Notes on the propagation and cultivation of the medicinal cinchonas, or Peruvian bark trees
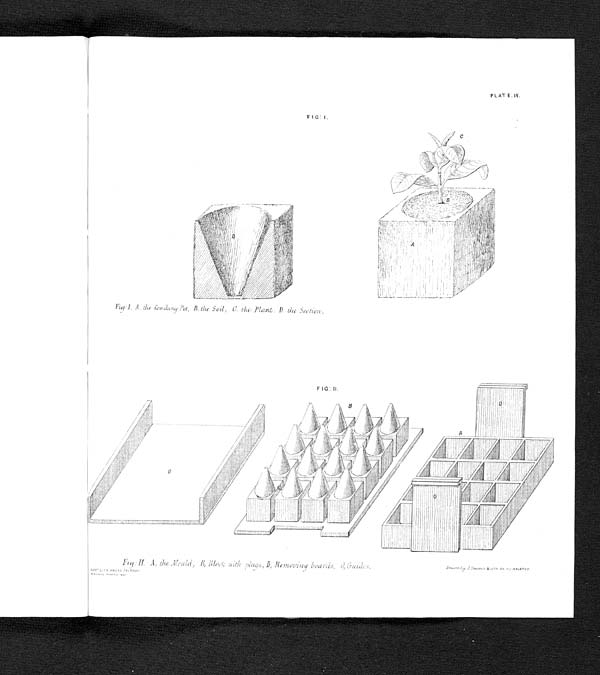
PLATE.
IV.
FIG: I.
Fig: 1.
A. the Cowdung Pot, B. the Soil, C. the Plant. D. the Section.
Fig:H A, the .Mould, B, Block with plugs, D, Removing boards, O, Guides.
Gov ' LITH PRESS CHEPAUK.
MADRAS MARCH 1867
Drawn by J. Sunres..a LITH By R ./ BALOREY